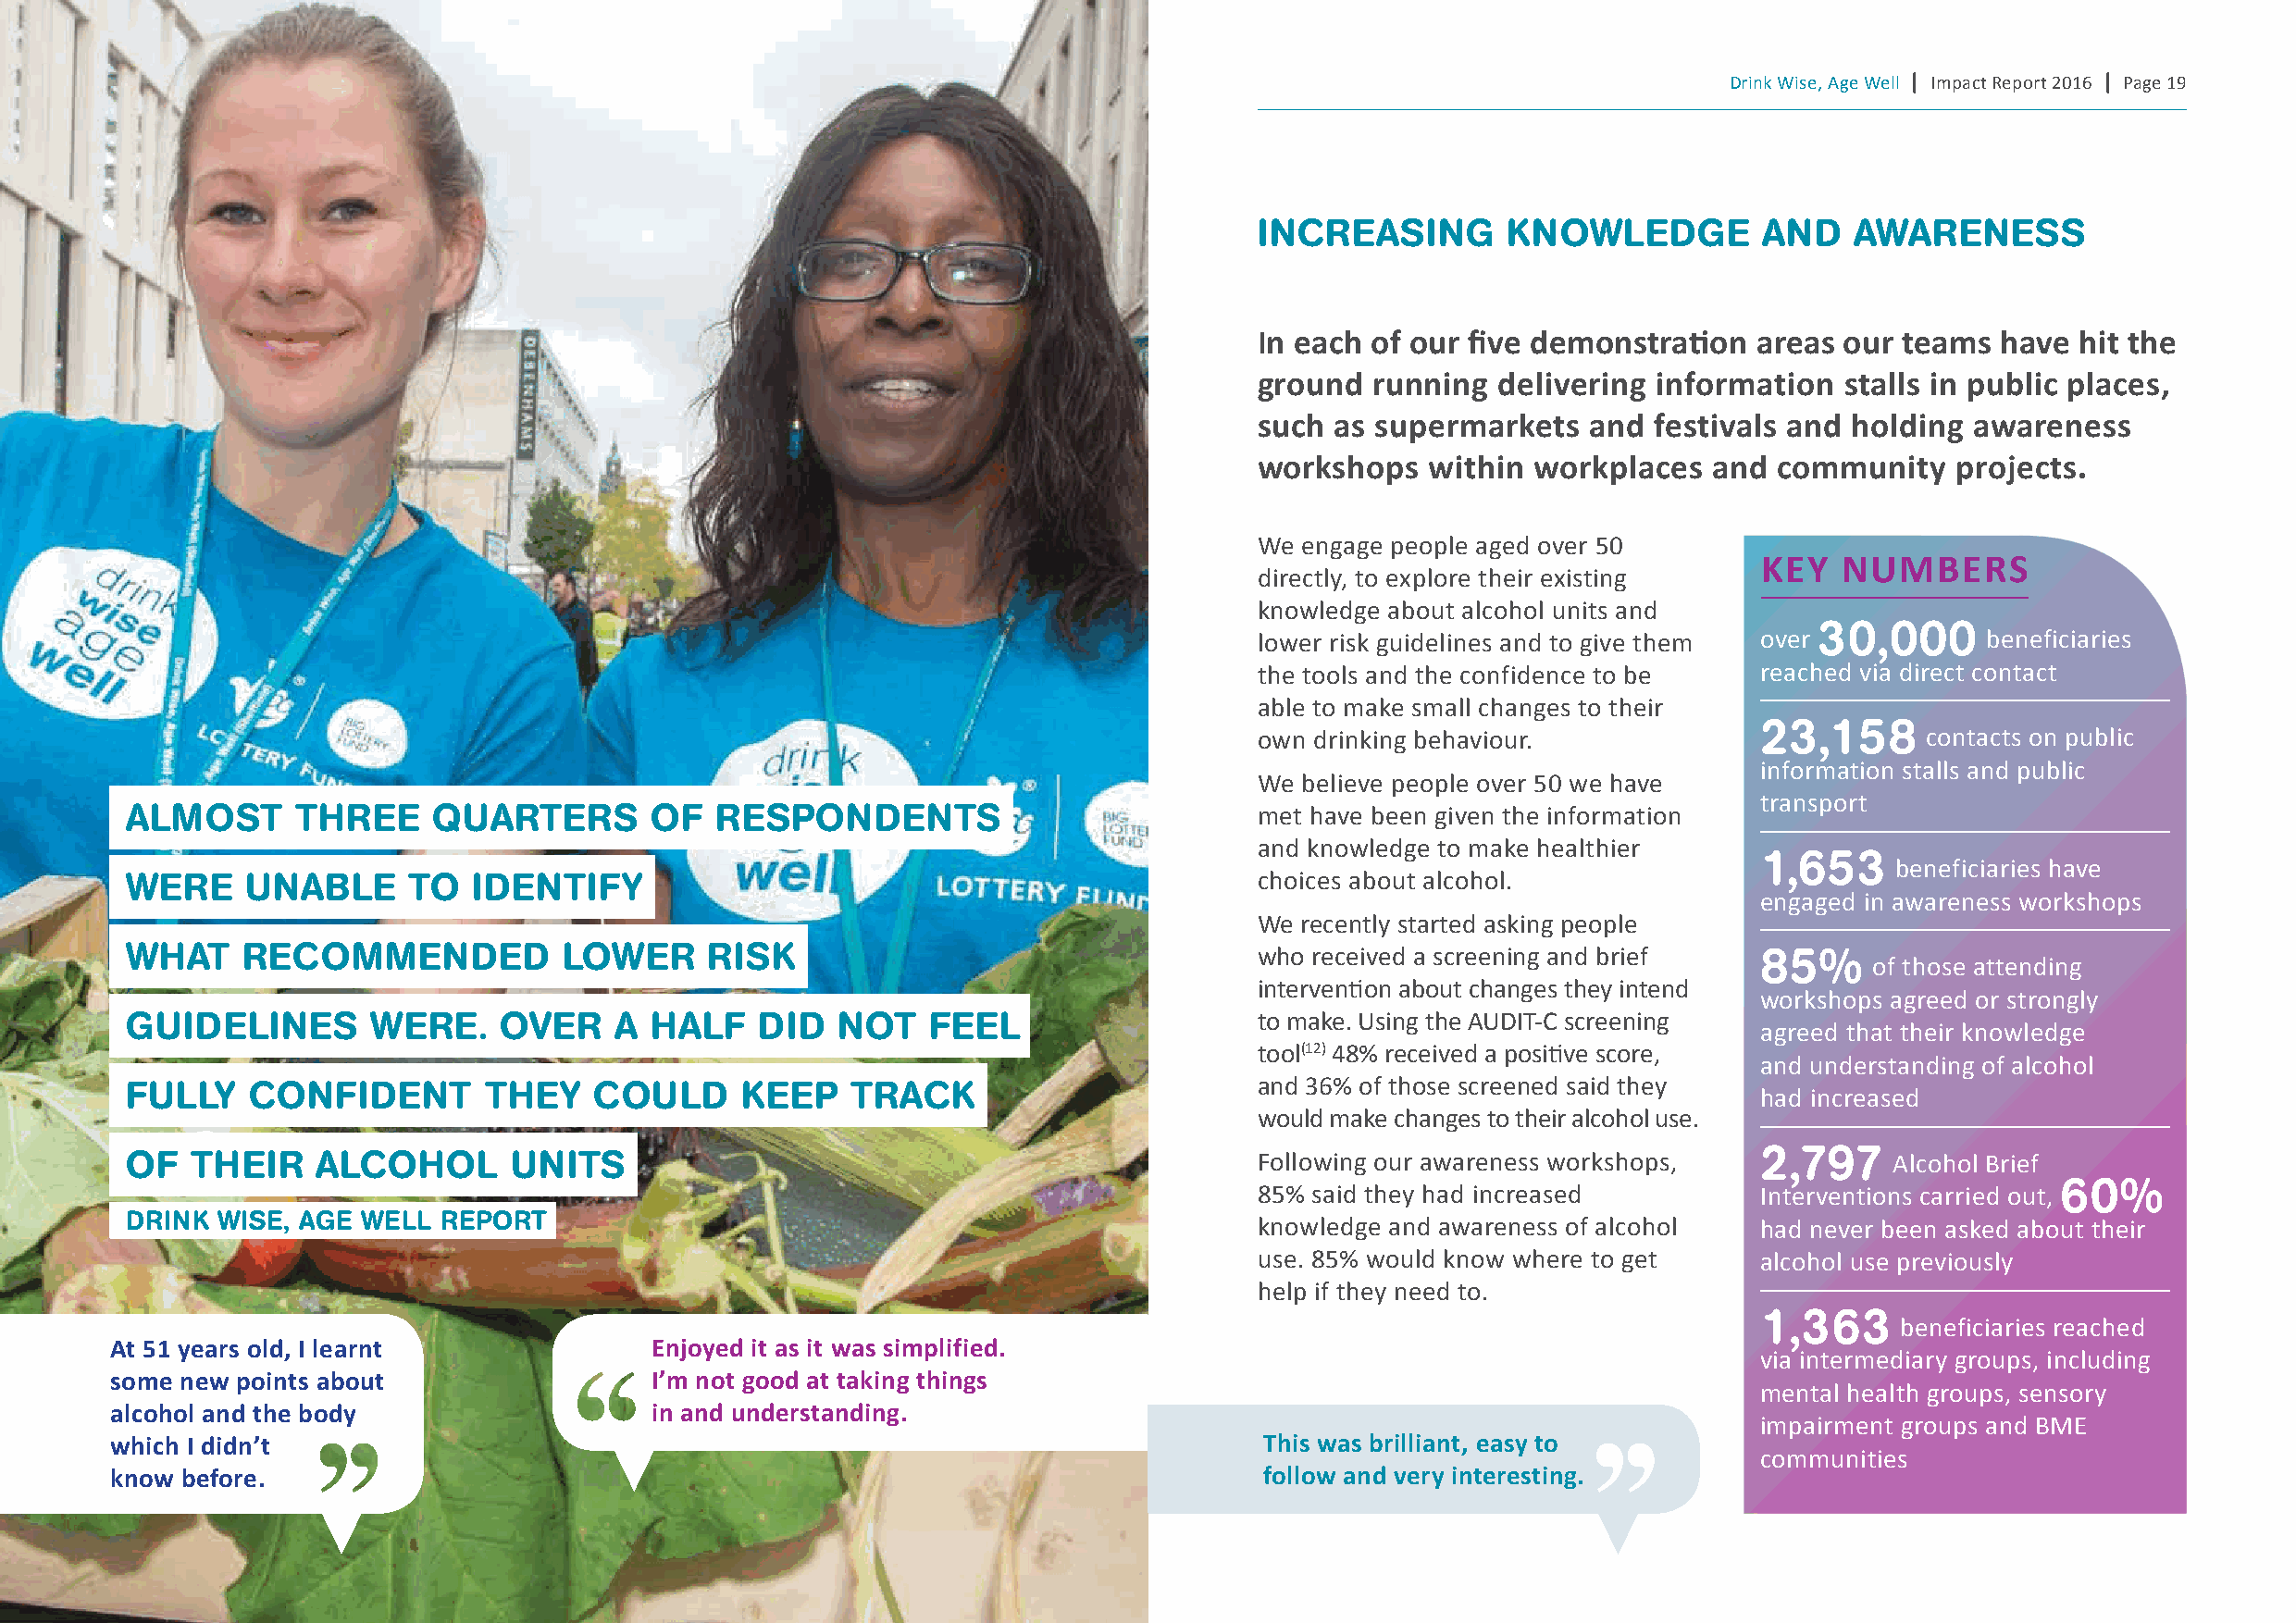
Drink Wise, Age Well | Impact Report 2016 | Page 19
 InCReAsIng       Kno    WLeDge      AnD   AWAReness
 In each of our five demonstration   areas our teams  have  hit the
 ground  running  delivering information   stalls in public places,
 such as supermarkets    and festivals and holding  awareness
 workshops   within  workplaces  and  community    projects.
 We engage people aged over 50
 Key   nUMBers
 directly, to explore their existing
 knowledge about alcohol units and
 30,000
 lower risk guidelines and to give them over         beneficiaries
 the tools and the confidence to be  reached via direct contact
 able to make small changes to their
 23,158
 own drinking behaviour.                         contacts on public
 information stalls and public
 We believe people over 50 we have
 transport
 ALMosT      THRee     quARTeRs       oF   ResPonDenTs                            met have been given the information
 and knowledge to make healthier
 1,653
 beneficiaries have
 WeRe     unAbLe     To   IDenTIFy                                                choices about alcohol.
 engaged in awareness workshops
 We recently started asking people
 WHAT    ReCoMMenDeD            LoWeR     RIsK                                    who received a screening and brief  85%
 of those attending
 intervention about changes they intend
 workshops agreed or strongly
 guIDeLInes       WeRe.     oVeR    A HALF    DID   noT   FeeL                    to make. Using the AUDIT-C screening
 agreed that their knowledge
 tool(12) 48% received a positive score,
 and understanding of alcohol
 and 36% of those screened said they
 FuLLy    ConFIDen      T  THey   CouLD      KeeP    TRACK                                                            had increased
 would make changes to their alcohol use.
 oF   THeIR   ALCoHoL        unITs                                                Following our awareness workshops,  2,797    Alcohol Brief
 85% said they had increased         Interventions carried out, 60%
 DRInK  WIse, Age WeLL RePoRT                                                     knowledge and awareness of alcohol  had never been asked about their
 use. 85% would know where to get    alcohol use previously
 help if they need to.
 1,363
 beneficiaries reached
 at 51 years old, I learnt              enjoyed it as it was simplified.
 via intermediary groups, including
 some new points about                  I’m not good at taking things
 mental health groups, sensory
 alcohol and the body                   in and understanding.
 impairment groups and BME
 which I didn’t                                                                    this was brilliant, easy to
 communities
 know before.                                                                      follow and very interesting.